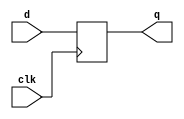
module my_dff8(
  input clk,
  input [7:0] d,
  output reg [7:0] q
);
	always@(posedge clk)
    	q <= d;
endmodule


module top_module(
  input clk,
  input [7:0] d,
  input [1:0] sel,
  output reg [7:0] q
);
  // Write your code here
    wire [7:0]q1, q2, q3;
    my_dff8 df1(.clk(clk), .d(d), .q(q1));
    my_dff8 df2(.clk(clk), .d(q1), .q(q2));
    my_dff8 df3(.clk(clk), .d(q2), .q(q3));
    always@(*)begin
        case(sel)
           2'b00: q = d;
           2'b01: q = q1;
           2'b10: q = q2;
           2'b11: q = q3;
        endcase
    end
endmodule